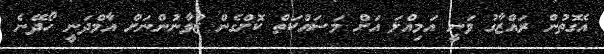
އެގޮތުން ރައްޒާގު ވަނީ އަމިއްލަ އަށް މަސައްކަތް ކޮށްގެން ޒުވާނުންނަށް އާމްދަނީ ހޯދޭނެ